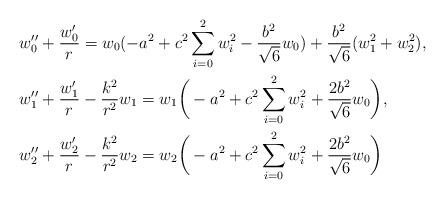
LaTeX: \begin{align*}& w_0'' + \frac{w_0'}{r} = w_0 ( -a^2+c^2 \sum_{i=0}^2 w_i^2 - \frac{b^2}{\sqrt{6}} w_0) + \frac{b^2}{\sqrt{6}} (w_1^2 + w_2^2), \\&w_1'' + \frac{w_1'}{r} -\frac{k^2}{r^2}w_1=w_1\bigg(-a^2+ c^2\sum_{i=0}^2 w_i^2 + \frac{2 b^2}{\sqrt{6}} w_0\bigg), \\&w_2'' + \frac{w_2'}{r}-\frac{k^2}{r^2}w_2= w_2\bigg( -a^2 + c^2\sum_{i=0}^2 w_i^2 + \frac{2 b^2}{\sqrt{6}} w_0\bigg)\end{align*}